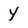
Character: Y